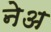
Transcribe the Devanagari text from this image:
नेअ